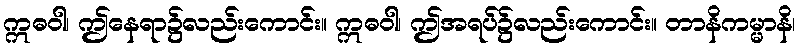
ဣဓဝါ၊ ဤနေရာ၌လည်းကောင်း။ ဣဓဝါ၊ ဤအရပ်၌လည်းကောင်း။ တာနိကမ္မာနိ၊